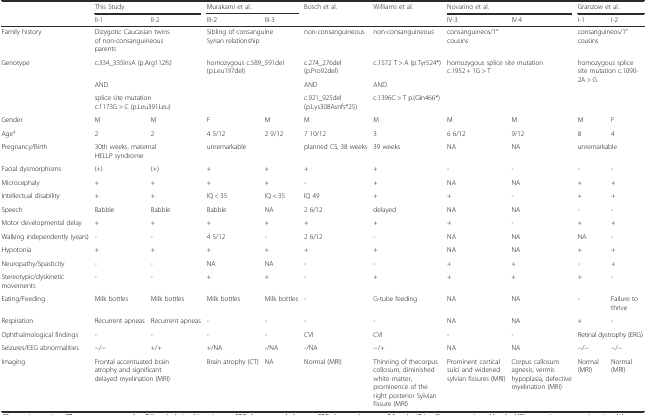
<table><thead><tr><td rowspan="2"></td><td colspan="2"><b>This Study</b></td><td colspan="2"><b>Murakami et al.</b></td><td><b>Bosch et al.</b></td><td><b>Williams et al.</b></td><td colspan="2"><b>Novarino et al.</b></td><td colspan="2"><b>Granzow et al.</b></td></tr><tr><td><b>II-1</b></td><td><b>II-2</b></td><td><b>III-2</b></td><td><b>III-3</b></td><td></td><td></td><td><b>IV-3</b></td><td><b>IV-4</b></td><td><b>I-1</b></td><td><b>I-2</b></td></tr></thead><tbody><tr><td>Family history</td><td colspan="2">Dizygotic Caucasian twins of non-consanguineous parents</td><td colspan="2">Sibling of consanguine Syrian relationship</td><td>non-consanguineous</td><td>non-consanguineous</td><td colspan="2">consanguineos/1° cousins</td><td colspan="2">consanguineos/1° cousins</td></tr><tr><td rowspan="3">Genotype</td><td colspan="2">c.334_335InsA (p.Arg112fs)</td><td rowspan="3" colspan="2">homozygous c.589_591del (p.Leu197del)</td><td>c.274_276del (p.Pro92del)</td><td>c.1572 T &gt; A (p.Tyr524*)</td><td rowspan="3" colspan="2">homozygous splice site mutation c.1952 + 1G &gt; T</td><td rowspan="3" colspan="2">homozygous splice site mutation c.1090-2A &gt; G</td></tr><tr><td colspan="2">AND</td><td>AND</td><td>AND</td></tr><tr><td colspan="2">splice site mutation c.1173G &gt; C (p.Leu391Leu)</td><td>c.921_925del (p.Lys308Asnfs*25)</td><td>c.1396C &gt; T p.(Gln466*)</td></tr><tr><td>Gender</td><td>M</td><td>M</td><td>F</td><td>M</td><td>M</td><td>M</td><td>M</td><td>M</td><td>M</td><td>F</td></tr><tr><td>Age<sup>a</sup></td><td>2</td><td>2</td><td>4 5/12</td><td>2 9/12</td><td>7 10/12</td><td>3</td><td>6 6/12</td><td>9/12</td><td>8</td><td>4</td></tr><tr><td>Pregnancy/Birth</td><td colspan="2">30th weeks, maternal HELLP syndrome</td><td colspan="2">unremarkable</td><td>planned CS, 38 weeks</td><td>39 weeks</td><td>NA</td><td>NA</td><td colspan="2">unremarkable</td></tr><tr><td>Facial dysmorphisms</td><td>(+)</td><td>(+)</td><td>+</td><td>+</td><td>+</td><td>+</td><td>-</td><td>-</td><td>-</td><td>-</td></tr><tr><td>Microcephaly</td><td>+</td><td>+</td><td>+</td><td>+</td><td>-</td><td>+</td><td>NA</td><td>NA</td><td>+</td><td>+</td></tr><tr><td>Intellectual disability</td><td>+</td><td>+</td><td>IQ &lt; 35</td><td>IQ &lt; 35</td><td>IQ 49</td><td>+</td><td>+</td><td>-</td><td>+</td><td>+</td></tr><tr><td>Speech</td><td>Babble</td><td>Babble</td><td>Babble</td><td>NA</td><td>2 6/12</td><td>delayed</td><td>NA</td><td>NA</td><td>-</td><td>-</td></tr><tr><td>Motor developmental delay</td><td>+</td><td>+</td><td>+</td><td>+</td><td>+</td><td>+</td><td>+</td><td>-</td><td>+</td><td>+</td></tr><tr><td>Walking independently (years)</td><td>-</td><td>-</td><td>4 5/12</td><td>-</td><td>2 6/12</td><td>-</td><td>NA</td><td>NA</td><td>NA</td><td>-</td></tr><tr><td>Hypotonia</td><td>+</td><td>+</td><td>+</td><td>+</td><td>+</td><td>+</td><td>NA</td><td>NA</td><td>+</td><td>+</td></tr><tr><td>Neuropathy/Spasticity</td><td>-</td><td>-</td><td>NA</td><td>NA</td><td>-</td><td>-</td><td>+</td><td>+</td><td>-</td><td>+</td></tr><tr><td>Stereotypic/dyskinetic movements</td><td>-</td><td>-</td><td>+</td><td>+</td><td>-</td><td>+</td><td>+</td><td>+</td><td>+</td><td>-</td></tr><tr><td>Eating/Feeding</td><td>Milk bottles</td><td>Milk bottles</td><td>Milk bottles</td><td>Milk bottles</td><td>-</td><td>G-tube feeding</td><td>NA</td><td>NA</td><td>-</td><td>Failure to thrive</td></tr><tr><td>Respiration</td><td>Recurrent apneas</td><td>Recurrent apneas</td><td>-</td><td>-</td><td>-</td><td>-</td><td>NA</td><td>NA</td><td>+</td><td>-</td></tr><tr><td>Ophthalmological findings</td><td>-</td><td>-</td><td>-</td><td>-</td><td>CVI</td><td>CVI</td><td>-</td><td>-</td><td colspan="2">Retinal dystrophy (ERG)</td></tr><tr><td>Seizures/EEG abnormalities</td><td>−/−</td><td>+/+</td><td>+/NA</td><td>-/NA</td><td>-/NA</td><td>−/+</td><td>NA</td><td>NA</td><td>−/−</td><td>−/−</td></tr><tr><td>Imaging</td><td colspan="2">Frontal accentuated brain atrophy and significant delayed myelination (MRI)</td><td>Brain atrophy (CT)</td><td>NA</td><td>Normal (MRI)</td><td>Thinning of thecorpus collosum, diminished white matter, prominence of the right posterior Sylvian fissure (MRI)</td><td>Prominent cortical sulci and widened sylvian fissures (MRI)</td><td>Corpus callosum agnesis, vermis hypoplasia, defective myelination (MRI)</td><td>Normal (MRI)</td><td>Normal (MRI)</td></tr></tbody></table>